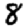
Digit: 8